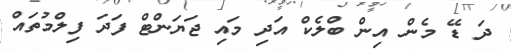
ދަ ޑޭ މެން އިން ބްލެކް އަދި މައި ޖަޔަންޓް ފަދަ ފިލްމުތައް